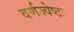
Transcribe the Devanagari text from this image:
वर्णज्येष्ठः